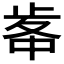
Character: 𣥷